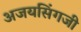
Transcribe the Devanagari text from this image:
अजयसिंगजी